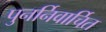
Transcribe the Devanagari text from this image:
पुनर्निवार्चित